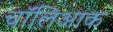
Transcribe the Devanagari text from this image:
चॉलिआक